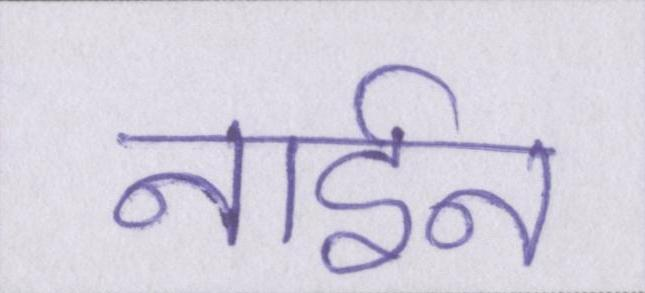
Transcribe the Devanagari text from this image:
नाईन